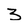
Character: 3